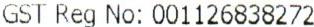
GST REG NO: 001126838272